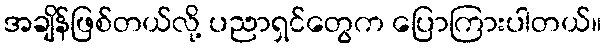
အချိန်ဖြစ်တယ်လို့ ပညာရှင်တွေက ပြောကြားပါတယ်။